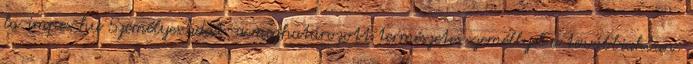
la-impex.hu Személyes adat: a meghatározott természetes személlyel a továbbiakban: